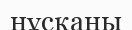
нұсқаны